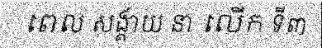
ពេល សង្គាយ នា លើក ទី៣